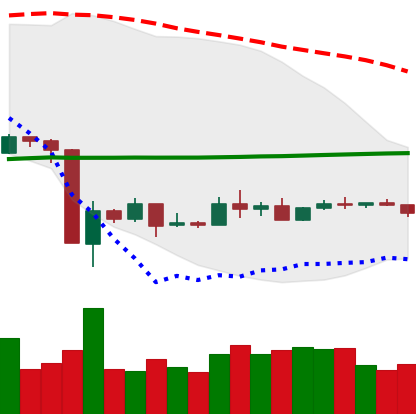
Ticker: ETC-USD
Chart end date: 2020-03-28
Forward return: 6.115%
Label: up_5_7